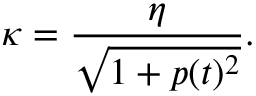
\kappa = \frac { \eta } { \sqrt { 1 + p ( t ) ^ { 2 } } } .